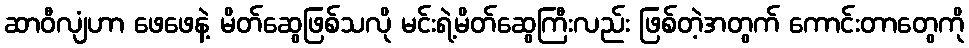
ဆာဝီလျံဟာ ဖေဖေနဲ့ မိတ်ဆွေဖြစ်သလို မင်းရဲ့မိတ်ဆွေကြီးလည်း ဖြစ်တဲ့အတွက် ကောင်းတာတွေကို